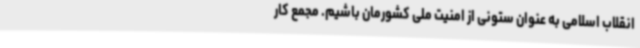
انقلاب اسلامی به عنوان ستونی از امنیت ملی کشورمان باشیم. مجمع کار